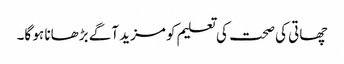
چھاتی کی صحت کی تعلیم کو مزید آگے بڑھانا ہو گا۔